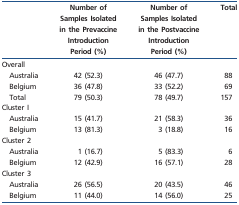
<table><thead><tr><td></td><td><b>Number of Samples Isolated in the Prevaccine Introduction Period (%)</b></td><td><b>Number of Samples Isolated in the Postvaccine Introduction Period (%)</b></td><td><b>Total</b></td></tr></thead><tbody><tr><td>Overall</td><td></td><td></td><td></td></tr><tr><td>Australia</td><td>42 (52.3)</td><td>46 (47.7)</td><td>88</td></tr><tr><td>Belgium</td><td>36 (47.8)</td><td>33 (52.2)</td><td>69</td></tr><tr><td>Total</td><td>79 (50.3)</td><td>78 (49.7)</td><td>157</td></tr><tr><td>Cluster I</td><td></td><td></td><td></td></tr><tr><td>Australia</td><td>15 (41.7)</td><td>21 (58.3)</td><td>36</td></tr><tr><td>Belgium</td><td>13 (81.3)</td><td>3 (18.8)</td><td>16</td></tr><tr><td>Cluster 2</td><td></td><td></td><td></td></tr><tr><td>Australia</td><td>1 (16.7)</td><td>5 (83.3)</td><td>6</td></tr><tr><td>Belgium</td><td>12 (42.9)</td><td>16 (57.1)</td><td>28</td></tr><tr><td>Cluster 3</td><td></td><td></td><td></td></tr><tr><td>Australia</td><td>26 (56.5)</td><td>20 (43.5)</td><td>46</td></tr><tr><td>Belgium</td><td>11 (44.0)</td><td>14 (56.0)</td><td>25</td></tr></tbody></table>